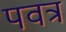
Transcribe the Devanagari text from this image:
पवत्र